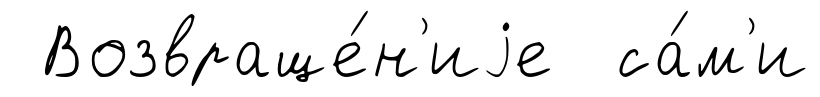
Возвраще́н'иjе са́м'и